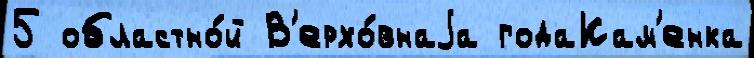
5 областно́й В'ерхо́внаjа годаКам'енка